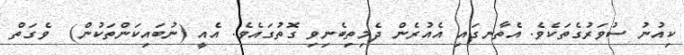
ކިއުނު ސުވަރުގެތަކެވެ. އެތާނގައި އެއުރެން ދެމިތިބެނިވި ގޮތުގައެވެ. އެއީ (ނުބައިކަންތަކުން)  ވެގަތް